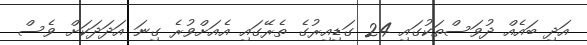
އަދި ބައެއް ދުވަސްތަކުގައި 24 ގަޑިއިރުގެ ތެރޭގައި އެއަށްވުރެ ގިނަ އަދަދަކަށް ވެސް